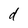
Character: d